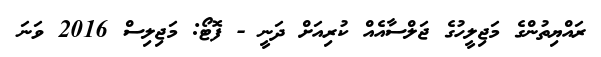
ރައްޔިތުންގެ މަޖިލީހުގެ ޖަލްސާއެއް ކުރިއަށް ދަނީ - ފޮޓޯ: މަޖިލިސް 2016 ވަނަ